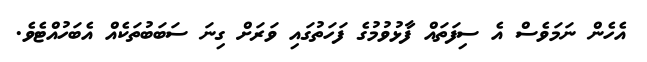
އެހެން ނަމަވެސް އެ ސިފަތައް ފާޅުވުމުގެ ފަހަތުގައި ވަރަށް ގިނަ ސަބަބުތަކެއް އެބަހުއްޓެވެ.